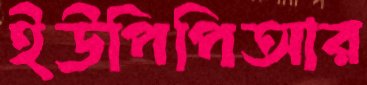
ইউপিপিআর